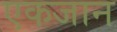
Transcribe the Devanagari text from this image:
एकजान